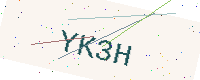
Text: YK3H